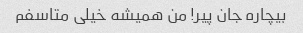
بیچاره جان پیر! من همیشه خیلی متاسفم